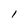
Character: I